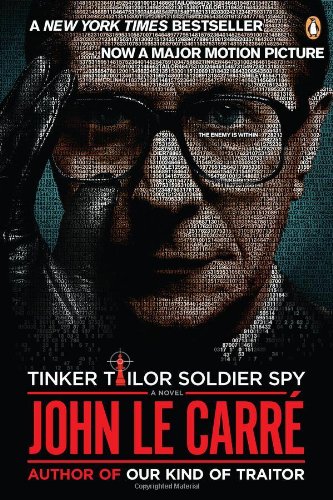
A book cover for Tinker Tailor Soldier Spy: A George Smiley Novel; John Le Carre; Mystery, Thriller & Suspense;